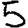
Digit: 5